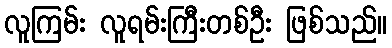
လူကြမ်း လူရမ်းကြီးတစ်ဦး ဖြစ်သည်။